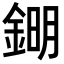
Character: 𨧹